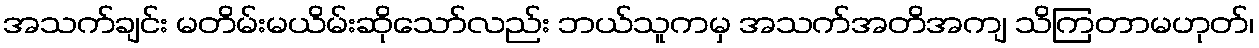
အသက်ချင်း မတိမ်းမယိမ်းဆိုသော်လည်း ဘယ်သူကမှ အသက်အတိအကျ သိကြတာမဟုတ်၊